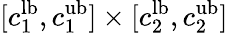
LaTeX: [c_{1}^{\mathrm{lb}},c_{1}^{\mathrm{ub}}]\times[c_{2}^{\mathrm{lb}},c_{2}^{\mathrm{ub}}]